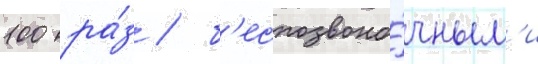
100 ра́з / б'еспозвоно́чным'и